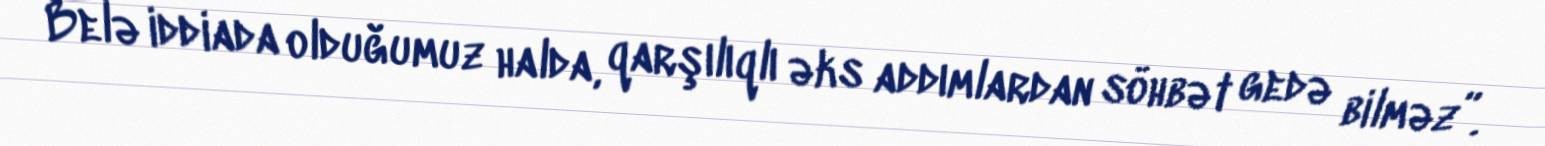
Belə iddiada olduğumuz halda, qarşılıqlı əks addımlardan söhbət gedə bilməz”.